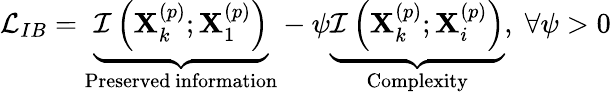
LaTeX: \begin{array}{r}{\mathcal{L}_{IB}=\underbrace{\mathcal{I}\left(\mathbf{X}_{k}^{\left(p\right)};\mathbf{X}_{1}^{\left(p\right)}\right)}_{\mathrm{Preserved~information}}-\psi\underbrace{\mathcal{I}\left(\mathbf{X}_{k}^{\left(p\right)};\mathbf{X}_{i}^{\left(p\right)}\right)}_{\mathrm{Complexity}},\; \forall\psi>0}\end{array}